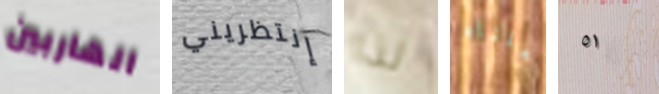
الهاربين إنتظريني لذا جعلناه ٥١